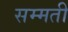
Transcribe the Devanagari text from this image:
सम्मती